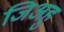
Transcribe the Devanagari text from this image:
जिअहु